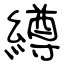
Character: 繜